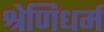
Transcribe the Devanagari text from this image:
श्रेणिधर्म